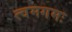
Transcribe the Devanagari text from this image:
त्वमगमः